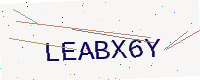
Text: LEABX6Y